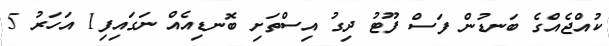
ކުއްޖެއްގެ ބަނޑުން ފަސް ފޫޓު ދިގު އިސްތަށި ބޮނޑިއެއް ނަގައިފި1 އަހަރު 5